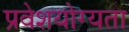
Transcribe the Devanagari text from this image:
प्रवेशयोग्यता